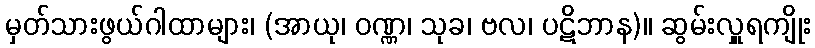
မှတ်သားဖွယ်ဂါထာများ၊ (အာယု၊ ဝဏ္ဏ၊ သုခ၊ ဗလ၊ ပဋိဘာန)။ ဆွမ်းလှူရကျိုး